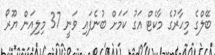
ބޭލްގެ މިހާރުގެ މާކެޓް އަގު ކަމަށް ބުނެފައި ވަނީ 37 މިލިއަން ޔޫރޯ